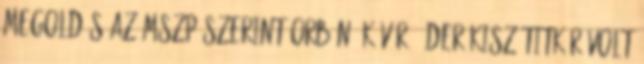
megoldás Az MSZP szerint Orbán, Kövér, Áder KISZ-titkár volt